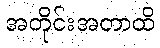
အတိုင်းအတာထိ